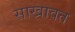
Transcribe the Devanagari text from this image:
साखावत